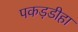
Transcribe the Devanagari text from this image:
पकड़डीहा